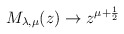
\begin{align*}M_{\lambda ,\mu }(z)\rightarrow z^{\mu +\frac 12}\end{align*}